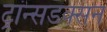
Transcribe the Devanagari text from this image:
ट्रांन्सडक्सन